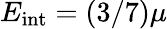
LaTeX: E_{\mathrm{int}}=(3/7)\mu